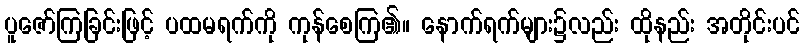
ပူဇော်ကြခြင်းဖြင့် ပထမရက်ကို ကုန်စေကြ၏။ နောက်ရက်များ၌လည်း ထိုနည်း အတိုင်းပင်